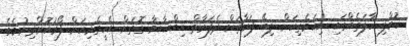
ކުއްލި ހާލަތެއްގައި ނިކަމެތިކަން ލިބޭ ފަރާތަށް ދެފަރާތް ޙިއްޞާވާ ގޮތަށް އެހީތެރިކަން ފޯރުކޮށްދިނުމެވެ.